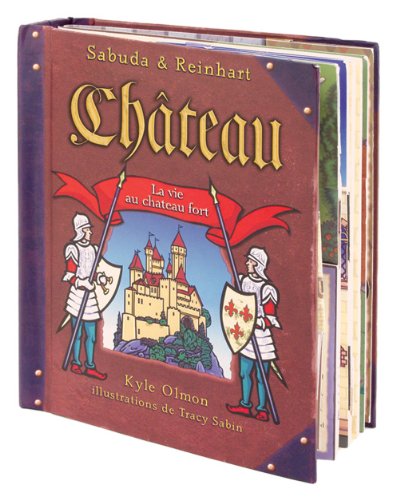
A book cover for Chateau: La Vie Au Chateau Fort (French Edition); Robert Sabuda; Children's Books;